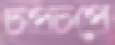
চপচপে